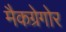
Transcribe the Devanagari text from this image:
मैकग्रेगोर